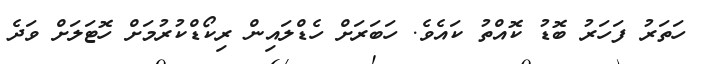
ހަތަރު ފަހަރު ބޮޑު ކޮއްތު ކައެވެ. ހަބަރަށް ހެޑްލައިން ރިކޯޑްކުރުމަށް ހޮޓަލަށް ވަދެ